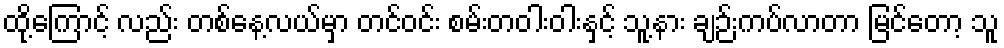
ထို့ကြောင့် လည်း တစ်နေ့လယ်မှာ တင်ဝင်း စမ်းတဝါးဝါးနှင့် သူ့နား ချဉ်းကပ်လာတာ မြင်တော့ သူ